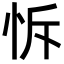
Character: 𢘛